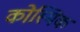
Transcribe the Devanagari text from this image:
कोस्मिक